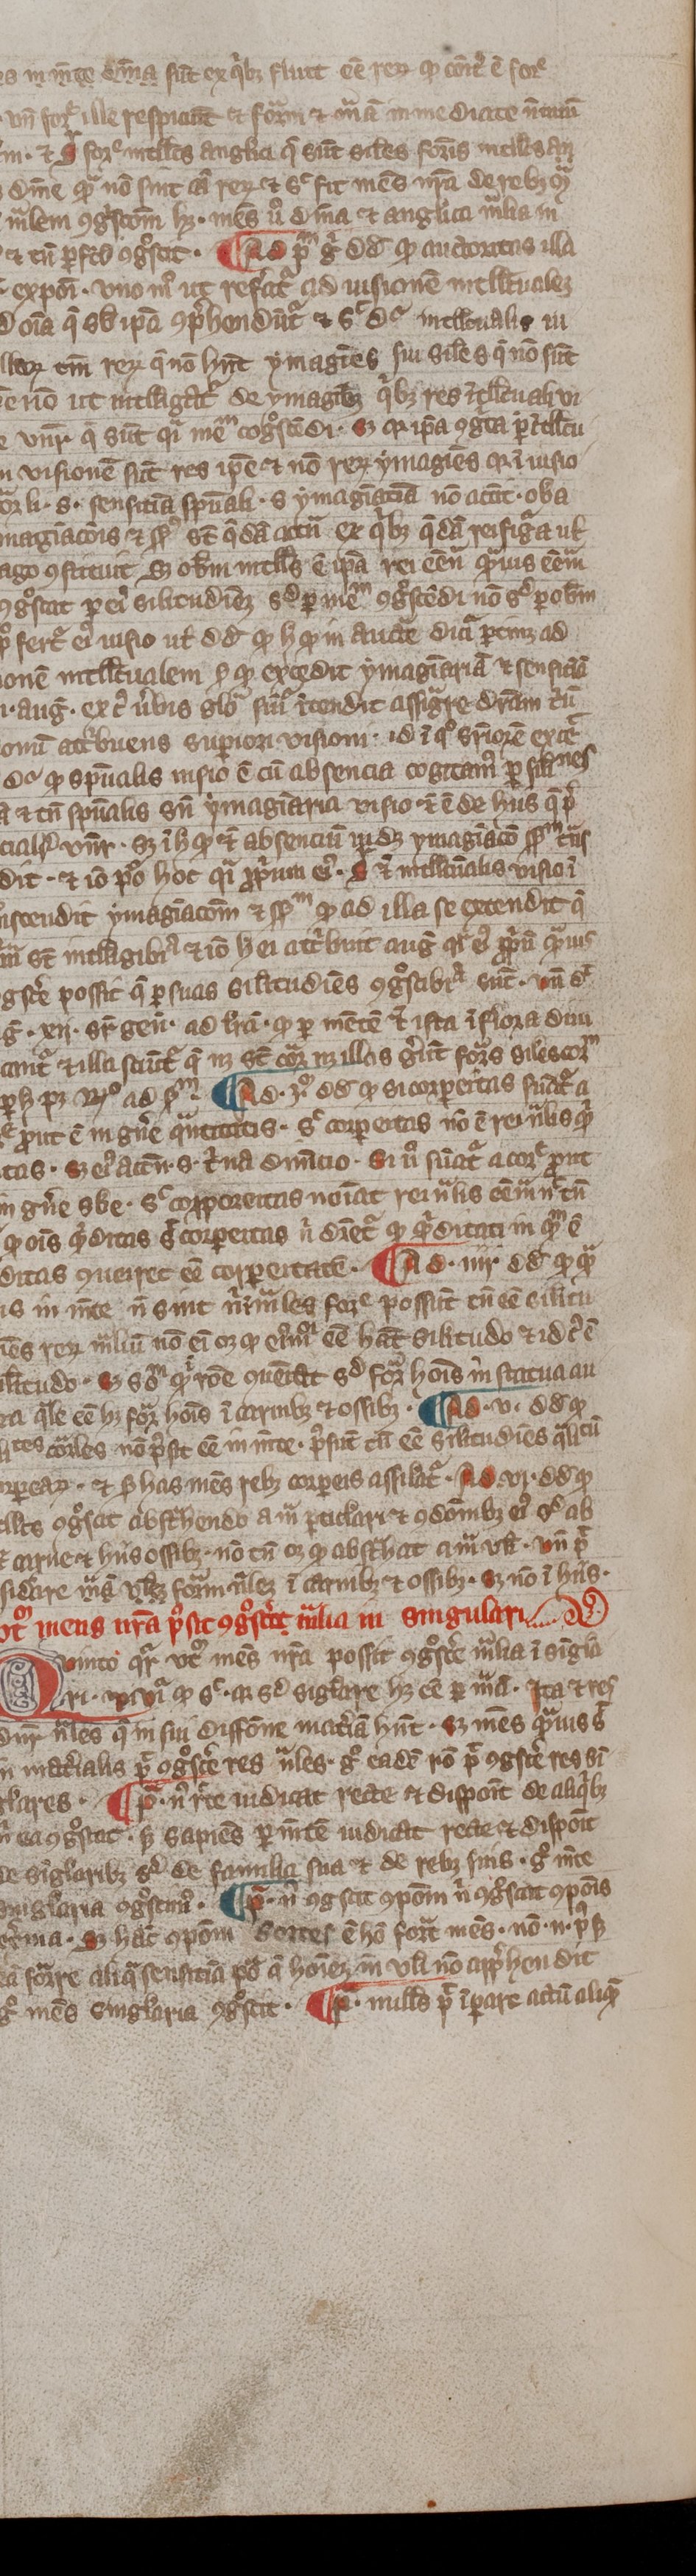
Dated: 1300–1399